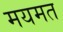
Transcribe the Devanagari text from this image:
मयमत